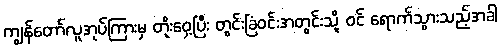
ကျွန်တော်လူအုပ်ကြားမှ တိုးဝှေ့ပြီး တွင်းခြံဝင်းအတွင်းသို့ ဝင် ရောက်သွားသည့်အခါ